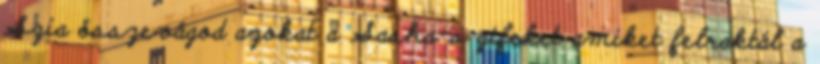
Szia összevágod azokat a Sasha-s gifeket amiket felraktál a